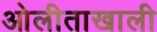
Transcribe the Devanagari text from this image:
ओलीताखाली